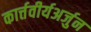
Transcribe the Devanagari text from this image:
कार्त्तवीर्यअर्जुन